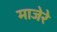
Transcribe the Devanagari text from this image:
माजेरे